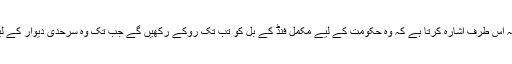
ڈونلڈ ٹرمپ کی جانب سے یہ اس طرف اشارہ کرتا ہے کہ وہ حکومت کے لیے مکمل فنڈ کے بل کو تب تک روکے رکھیں گے جب تک وہ سرحدی دیوار کے لیے رقم حاصل نہیں کرلیتے۔